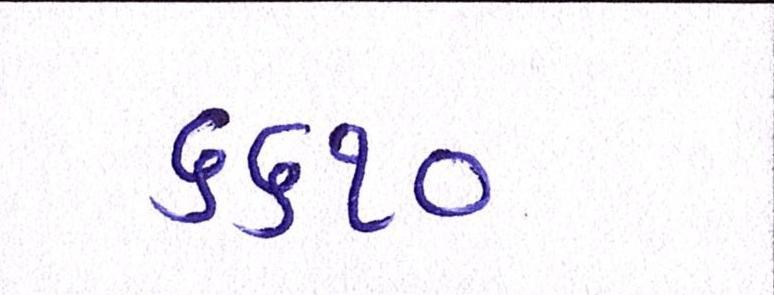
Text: ૬૬૧૦